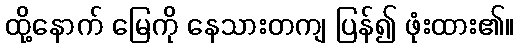
ထို့နောက် မြေကို နေသားတကျ ပြန်၍ ဖုံးထား၏။